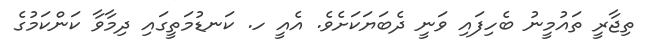
ތިޖާރީ ތައުމީނު ބެހިފައި ވަނީ ދެބަޔަކަށެވެ. އެއީ ހ. ކަނޑުމަތީގައި ދިމާވާ ކަންކަމުގެ